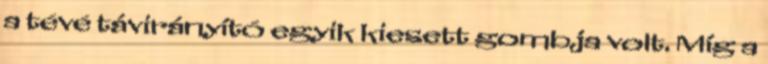
a tévé távirányító egyik kiesett gombja volt. Míg a